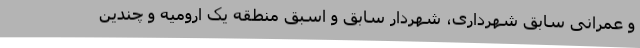
و عمرانی سابق شهرداری، شهردار سابق و اسبق منطقه یک ارومیه و چندین